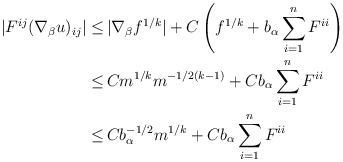
\begin{align*}\begin{aligned}|F^{ij} (\nabla_\beta u)_{ij}| \leq \,& |\nabla_\beta f^{1/k}| + C \left(f^{1/k} + b_\alpha \sum_{i=1}^n F^{ii}\right)\\ \leq \,& C m^{1/k} m^{-1/2(k-1)} + C b_\alpha \sum_{i=1}^n F^{ii}\\ \leq \,& C b_\alpha^{-1/2} m^{1/k} + C b_\alpha \sum_{i=1}^n F^{ii}\end{aligned}\end{align*}